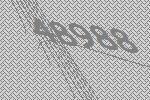
48988